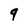
Character: q